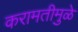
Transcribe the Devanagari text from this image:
करामतीमुळे